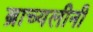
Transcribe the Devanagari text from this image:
ब्राच्यलीनी